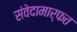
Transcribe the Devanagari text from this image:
संवेदामार्फत